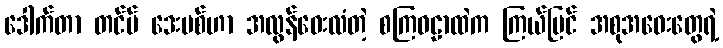
ဒေါက်တာ တင်မ် ဒေးဗစ်ဟာ အလွန်ဝေးလံတဲ့ စကြဝဠာထဲက ကြယ်ပြင် အစုအဝေးတွေရဲ့